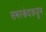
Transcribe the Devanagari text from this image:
समरकंदकडून